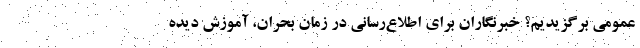
عمومی برگزیدیم؟ خبرنگاران برای اطلاع‌رسانی در زمان بحران، آموزش دیده